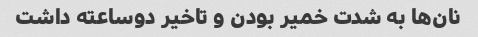
نان‌ها به شدت خمیر بودن و تاخیر دوساعته داشت